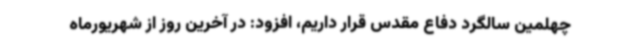
چهلمین سالگرد دفاع مقدس قرار داریم، افزود: در آخرین روز از شهریورماه